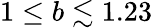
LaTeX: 1\leq b\lesssim 1.23